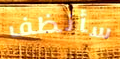
سأنظف